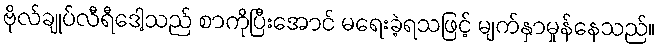
ဗိုလ်ချုပ်လီရီဒေါ့သည် စာကိုပြီးအောင် မရေးခဲ့ရသဖြင့် မျက်နှာမှုန်နေသည်။